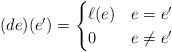
LaTeX: \begin{align*}(de)(e') = \begin{cases}\ell(e) & e =e'\\0 & e \ne e'\\\end{cases}\end{align*}